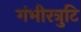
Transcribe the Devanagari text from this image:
गंभीरत्रुटि